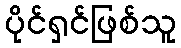
ပိုင်ရှင်ဖြစ်သူ